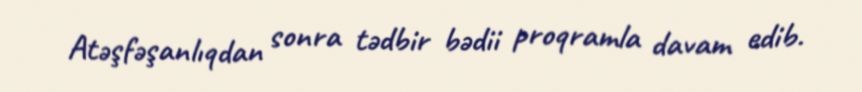
Atəşfəşanlıqdan sonra tədbir bədii proqramla davam edib.